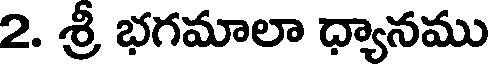
2. శ్రీ భగమాలా ధ్యానము